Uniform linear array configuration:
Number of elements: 24
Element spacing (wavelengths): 0.75
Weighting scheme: cosine
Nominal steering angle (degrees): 30
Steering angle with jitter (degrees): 28.042
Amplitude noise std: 0.05
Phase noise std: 0.05

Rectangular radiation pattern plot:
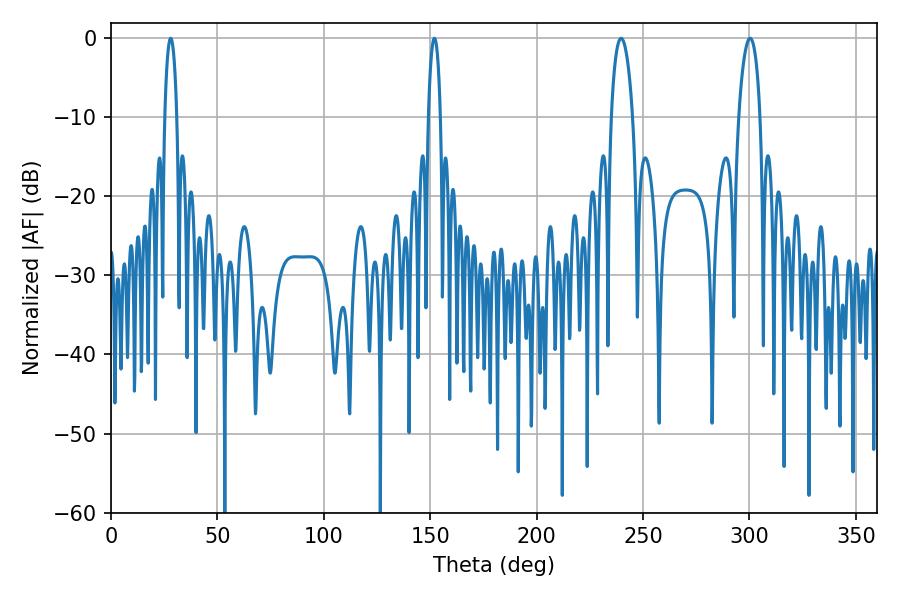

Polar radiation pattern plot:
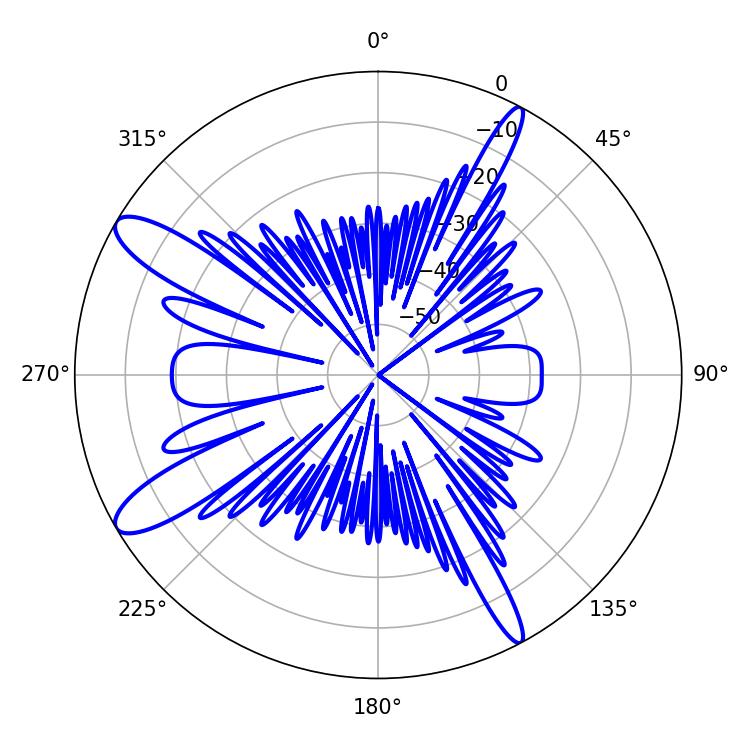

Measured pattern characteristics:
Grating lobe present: TRUE
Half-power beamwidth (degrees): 5.76
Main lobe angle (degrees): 239.76